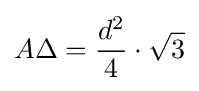
A\Delta ={\frac {d^{2}}{4}}\cdot {\sqrt {3}}